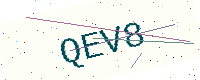
Text: QEV8